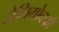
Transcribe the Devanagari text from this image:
जेलिगोव्स्की